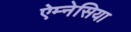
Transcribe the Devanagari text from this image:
ऐम्नेसिया